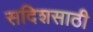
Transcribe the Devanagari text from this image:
सदिशसाठी